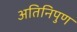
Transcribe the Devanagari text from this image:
अतिनिपुण